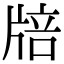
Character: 𤗏